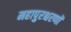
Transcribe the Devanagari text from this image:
महापुरश्चरणों